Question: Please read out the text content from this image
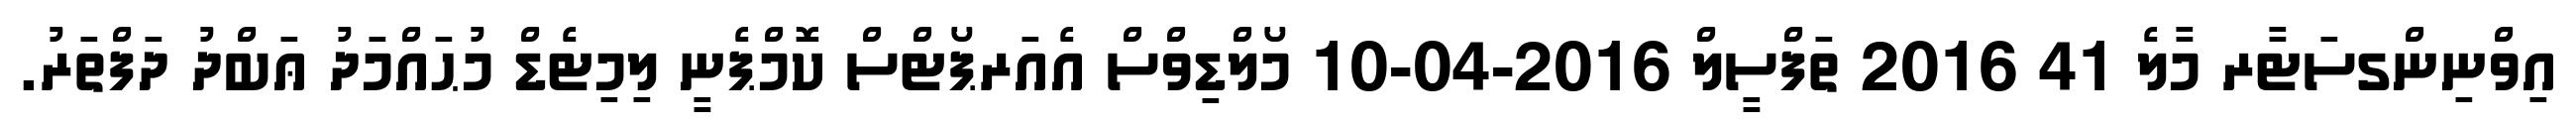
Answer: އިވްނިންގސަޓާރ މާލެ 41 2016 ތަފްސީލް 2016-04-10 މޯލްޑިވްސް އެއަރޕޯޓްސް ކޮމްޕެނީ ލިމިޓެޑް މުޙައްމަދު ޢަބްދު ދަފްތަރު.